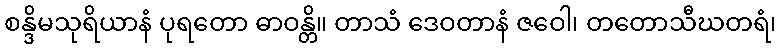
စန္ဒိမသုရိယာနံ ပုရတော ဓာဝန္တိ။ တာသံ ဒေဝတာနံ ဇဝေါ၊ တတောသီဃတရံ၊